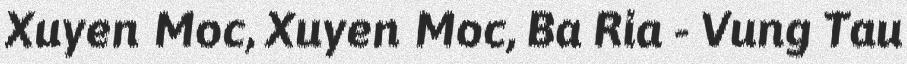
Xuyen Moc, Xuyen Moc, Ba Ria - Vung Tau